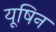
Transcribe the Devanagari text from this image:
यूषिन